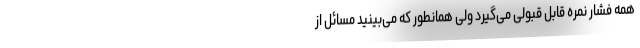
همه فشار نمره قابل قبولی می‌گیرد ولی همانطور که می‌بینید مسائل از